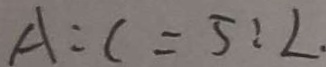
A : c = 5 : L